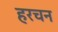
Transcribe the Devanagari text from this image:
हरचन